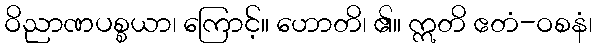
ဝိညာဏပစ္စယာ၊ ကြောင့်။ ဟောတိ၊ ၏။ ဣတိ ဧတံ-ဝစနံ၊